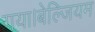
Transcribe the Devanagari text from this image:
गया।बेल्जियम